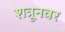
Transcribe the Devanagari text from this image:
शत्रूनवर